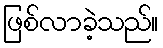
ဖြစ်လာခဲ့သည်။